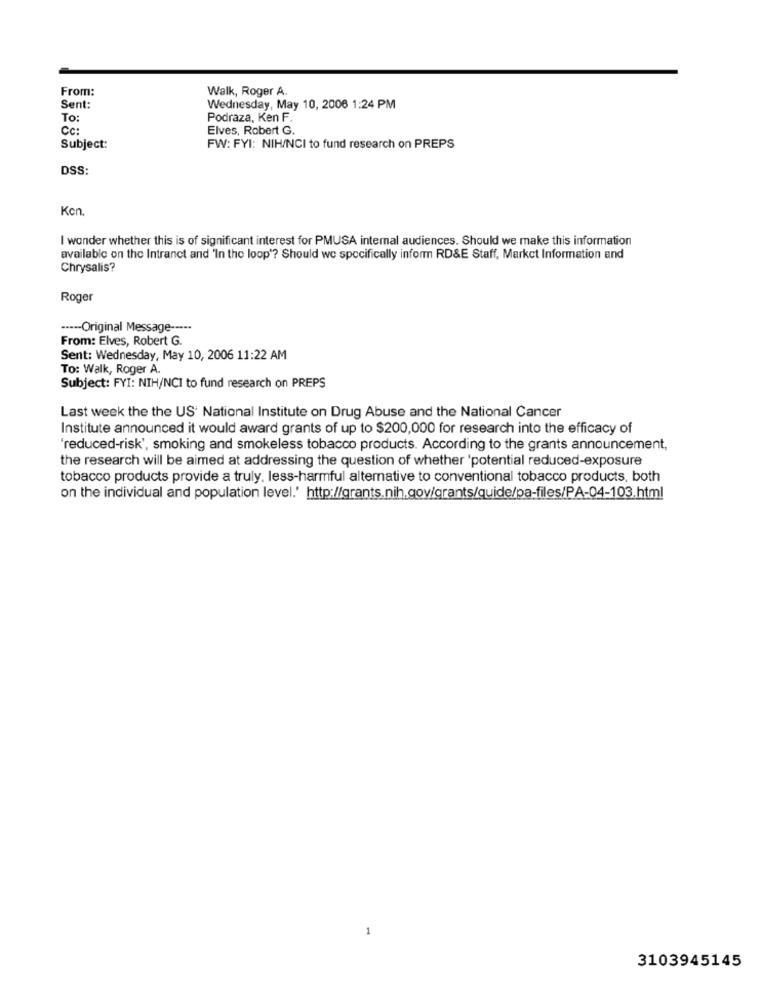
From:
Walk, Roger A.
Sent:
Wednesday, May 10, 2006 1:24 PM
To:
Podraza, Ken F.
CC:
Elves, Robert G.
Subject:
FW: FYI: NIH/NCI to fund research on PREPS
DSS:
Kon.
I wonder whether this is of significant interest for PMUSA internal audiences. Should we make this information
available on the Intranet and 'In the loop'? Should we specifically inform RD&E Staff, Market Information and
Chrysalis?
Roger
----- Original Message -----
From: Elves, Robert G.
Sent: Wednesday, May 10, 2006 11:22 AM
To: Walk, Roger A.
Subject: FYI: NIH/NCI to fund research on PREPS
Last week the the US National Institute on Drug Abuse and the National Cancer
Institute announced it would award grants of up to $200,000 for research into the efficacy of
'reduced-risk', smoking and smokeless tobacco products. According to the grants announcement,
the research will be aimed at addressing the question of whether 'potential reduced-exposure
tobacco products provide a truly, less-harmful alternative to conventional tobacco products, both
on the individual and population level.' http://grants.nih.gov/grants/quide/pa-files/PA-04-103.html
3103945145